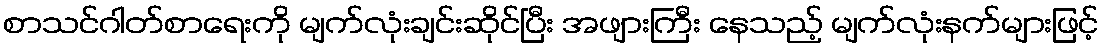
စာသင်ဂါတ်စာရေးကို မျက်လုံးချင်းဆိုင်ပြီး အဖျားကြီး နေသည့် မျက်လုံးနက်များဖြင့်